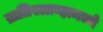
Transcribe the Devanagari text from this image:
ब्रातिस्लाव्हामध्ये